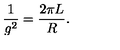
\frac { 1 } { g ^ { 2 } } = \frac { 2 \pi L } { R } .